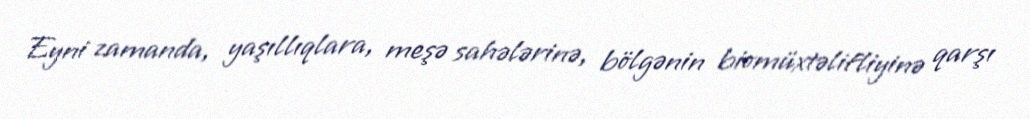
Eyni zamanda, yaşıllıqlara, meşə sahələrinə, bölgənin biomüxtəlifliyinə qarşı